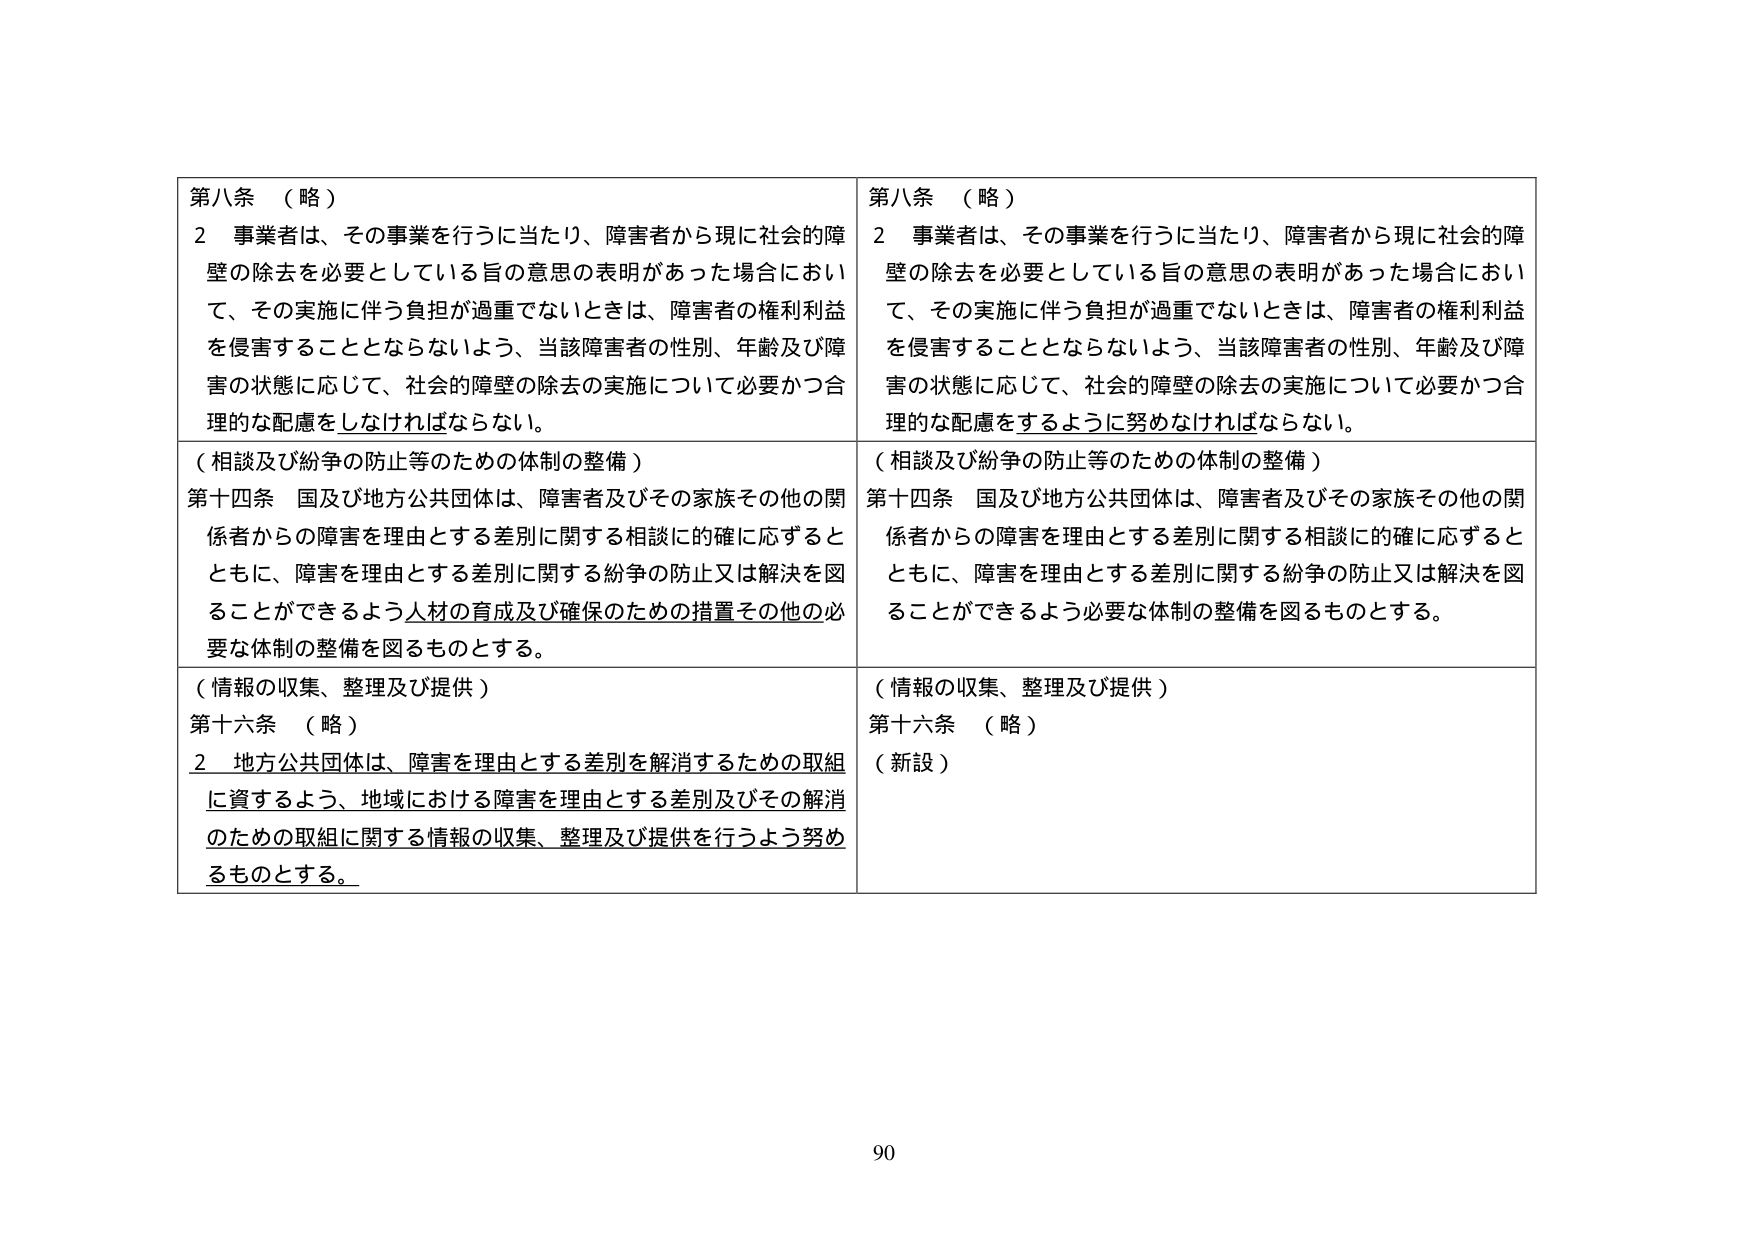
第八条 （略）
2 事業者は、その事業を行うに当たり、障害者から現に社会的障壁の除去を必要としている旨の意思の表明があった場合において、その実施に伴う負担が過重でないときは、障害者の権利利益を侵害することとならないよう、当該障害者の性別、年齢及び障害の状態に応じて、社会的障壁の除去の実施について必要かつ合理的な配慮をしなければならない。

（相談及び紛争の防止等のための体制の整備）
第十四条 国及び地方公共団体は、障害者及びその家族その他の関係者からの障害を理由とする差別に関する相談に的確に応ずるとともに、障害を理由とする差別に関する紛争の防止又は解決を図ることができるよう人材の育成及び確保のための措置その他の必要な体制の整備を図るものとする。

（情報の収集、整理及び提供）
第十六条 （略）
2 地方公共団体は、障害を理由とする差別を解消するための取組に資するよう、地域における障害を理由とする差別及びその解消のための取組に関する情報の収集、整理及び提供を行うよう努めるものとする。

第八条 （略）
2 事業者は、その事業を行うに当たり、障害者から現に社会的障壁の除去を必要としている旨の意思の表明があった場合において、その実施に伴う負担が過重でないときは、障害者の権利利益を侵害することとならないよう、当該障害者の性別、年齢及び障害の状態に応じて、社会的障壁の除去の実施について必要かつ合理的な配慮をするように努めなければならない。

（相談及び紛争の防止等のための体制の整備）
第十四条 国及び地方公共団体は、障害者及びその家族その他の関係者からの障害を理由とする差別に関する相談に的確に応ずるとともに、障害を理由とする差別に関する紛争の防止又は解決を図ることができるよう必要な体制の整備を図るものとする。

（情報の収集、整理及び提供）
第十六条 （略）
（新設）

90